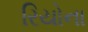
રિયોના